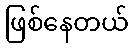
ဖြစ်နေတယ်